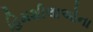
હિમશીલાઓના